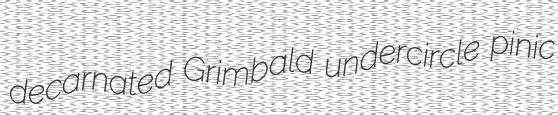
decarnated Grimbald undercircle pinic